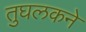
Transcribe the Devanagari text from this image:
तुघलकने